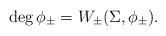
LaTeX: \begin{align*}\deg \phi _{\pm }=W_{\pm }(\Sigma ,\phi _{\pm }).\end{align*}